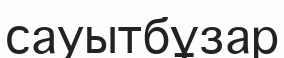
сауытбұзар